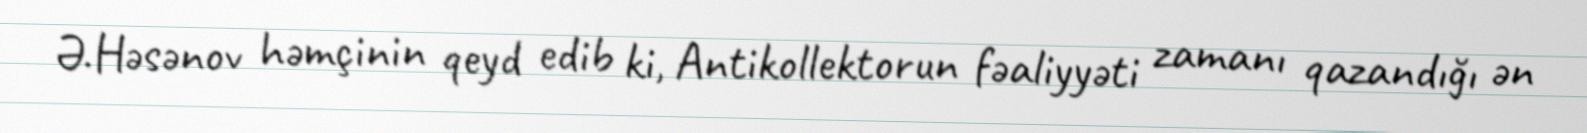
Ə.Həsənov həmçinin qeyd edib ki, Antikollektorun fəaliyyəti zamanı qazandığı ən